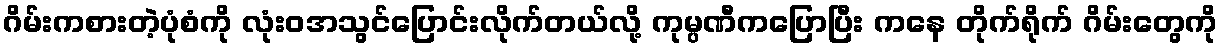
ဂိမ်းကစားတဲ့ပုံစံကို လုံးဝအသွင်ပြောင်းလိုက်တယ်လို့ ကုမ္ပဏီကပြောပြီး ကနေ တိုက်ရိုက် ဂိမ်းတွေကို